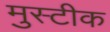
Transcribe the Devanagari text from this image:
मुस्टीक